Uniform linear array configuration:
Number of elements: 48
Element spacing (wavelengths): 0.5
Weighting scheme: hann
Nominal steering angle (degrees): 15
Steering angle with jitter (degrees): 14.299
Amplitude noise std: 0.05
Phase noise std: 0.05

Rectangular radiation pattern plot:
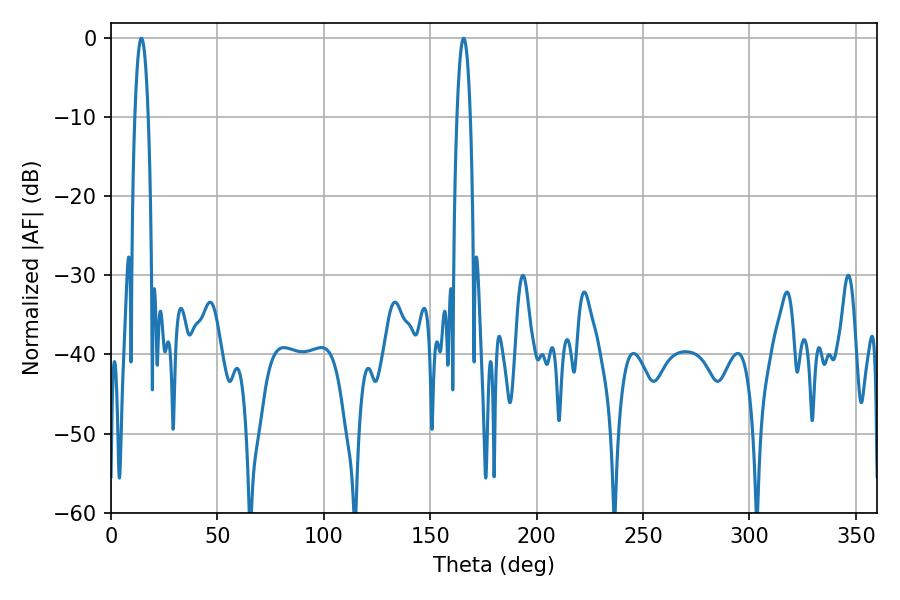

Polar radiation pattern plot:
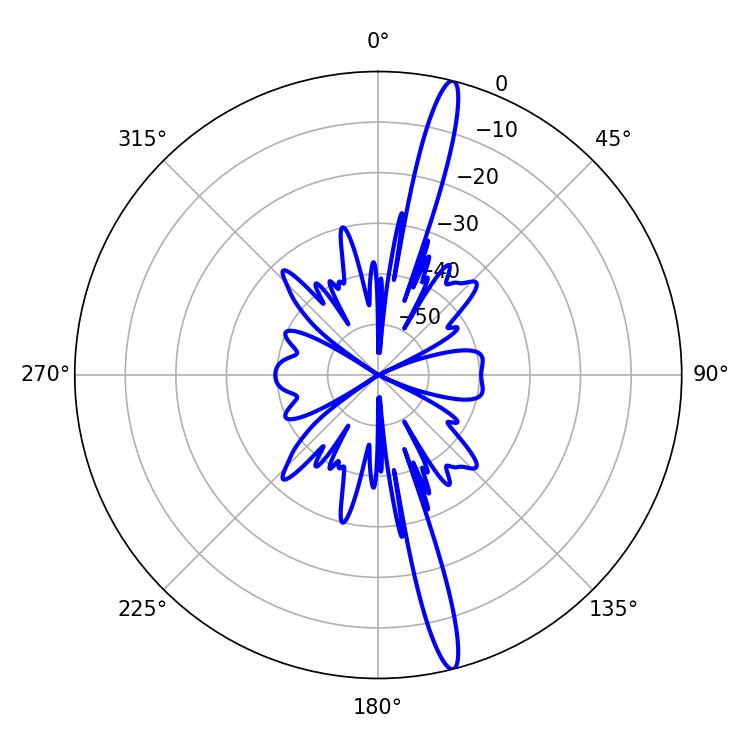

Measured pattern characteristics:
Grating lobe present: FALSE
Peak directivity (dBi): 17.884
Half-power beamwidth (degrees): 3.42
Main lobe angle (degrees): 14.22